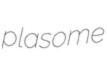
plasome